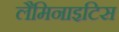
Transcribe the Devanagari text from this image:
लैमिनाइटिस